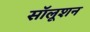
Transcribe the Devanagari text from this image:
सॉलूशन